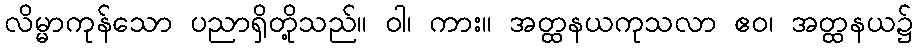
လိမ္မာကုန်သော ပညာရှိတို့သည်။ ဝါ၊ ကား။ အတ္ထနယကုသလာ ဧဝ၊ အတ္ထနယ၌